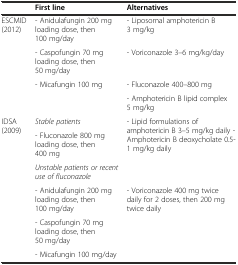
<table><thead><tr><td></td><td><b>First line</b></td><td><b>Alternatives</b></td></tr></thead><tbody><tr><td rowspan="4">ESCMID (2012)</td><td>- Anidulafungin 200 mg loading dose, then 100 mg/day</td><td>- Liposomal amphotericin B 3 mg/kg</td></tr><tr><td>- Caspofungin 70 mg loading dose, then 50 mg/day</td><td>- Voriconazole 3–6 mg/kg/day</td></tr><tr><td rowspan="2">- Micafungin 100 mg</td><td>- Fluconazole 400–800 mg</td></tr><tr><td>- Amphotericin B lipid complex 5 mg/kg</td></tr><tr><td rowspan="6">IDSA (2009)</td><td><i>Stable patients</i></td><td rowspan="3">- Lipid formulations of amphotericin B 3–5 mg/kg daily - Amphotericin B deoxycholate 0.5-1 mg/kg daily</td></tr><tr><td>- Fluconazole 800 mg loading dose, then 400 mg</td></tr><tr><td><i>Unstable patients or recent use of fluconazole</i></td></tr><tr><td>- Anidulafungin 200 mg loading dose, then 100 mg/day</td><td rowspan="3">- Voriconazole 400 mg twice daily for 2 doses, then 200 mg twice daily</td></tr><tr><td>- Caspofungin 70 mg loading dose, then 50 mg/day</td></tr><tr><td>- Micafungin 100 mg/day</td></tr></tbody></table>